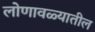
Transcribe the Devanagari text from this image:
लोणावळ्यातील